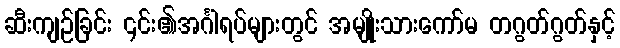
ဆီးကျဉ်ခြင်း ၎င်း၏အင်္ဂါရပ်များတွင် အမျိုးသားကော်မ တဂွတ်ဂွတ်နှင့်